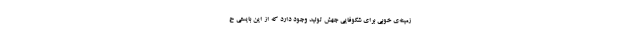
زمینه‌ِی خوبی برای شکوفایی جهش تولید وجود دارد که از این بایستی ح